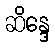
ဆိန္ဒေ